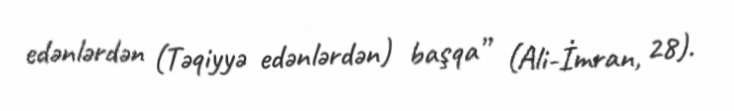
edənlərdən (Təqiyyə edənlərdən) başqa” (Ali-İmran, 28).